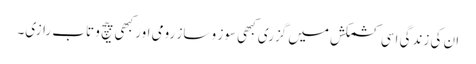
ان کی زندگی اسی کشمکش میں گزری کبھی سوز و ساز رومی اور کبھی پیچ و تاب رازی۔